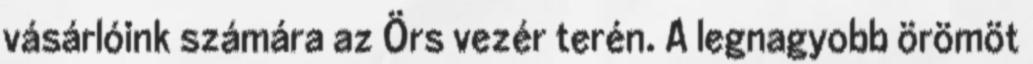
vásárlóink számára az Örs vezér terén. A legnagyobb örömöt